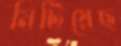
মিটিয়েছ